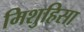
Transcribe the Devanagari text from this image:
मिशुहिसा